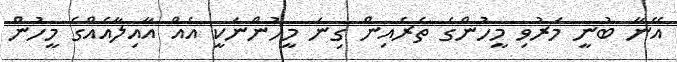
އޭނާ ބުނީ މަރުވި މީހުންގެ ތެރެއިން ގިނަ މީހުންނަކީ އެއް އާއިލާއެއްގެ މީހުން